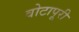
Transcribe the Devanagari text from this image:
वोटापूरी